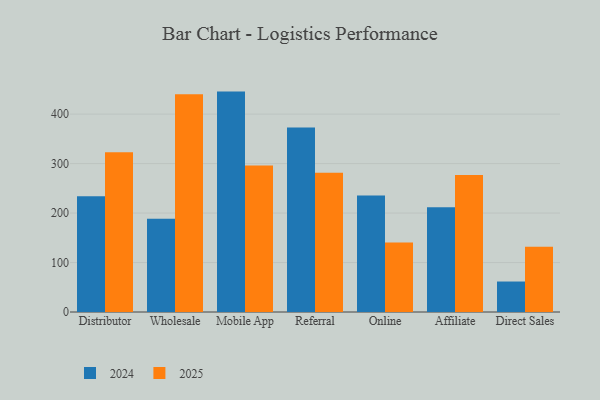
{"axis": {"x": "Channel", "y": "Conversion Rate (%)"}, "legend": ["2024", "2025"], "data": [{"x": "Distributor", "y": 234.1, "type": "2024"}, {"x": "Distributor", "y": 322.8, "type": "2025"}, {"x": "Wholesale", "y": 188.6, "type": "2024"}, {"x": "Wholesale", "y": 439.9, "type": "2025"}, {"x": "Mobile App", "y": 445.5, "type": "2024"}, {"x": "Mobile App", "y": 296.2, "type": "2025"}, {"x": "Referral", "y": 373.1, "type": "2024"}, {"x": "Referral", "y": 281.4, "type": "2025"}, {"x": "Online", "y": 235.7, "type": "2024"}, {"x": "Online", "y": 140.6, "type": "2025"}, {"x": "Affiliate", "y": 211.7, "type": "2024"}, {"x": "Affiliate", "y": 277.0, "type": "2025"}, {"x": "Direct Sales", "y": 61.6, "type": "2024"}, {"x": "Direct Sales", "y": 132.0, "type": "2025"}]}